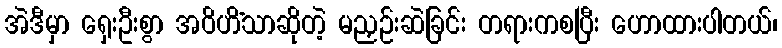
အဲဒီမှာ ရှေးဦးစွာ အဝိဟိံသာဆိုတဲ့ မညှဉ်းဆဲခြင်း တရားကစပြီး ဟောထားပါတယ်၊